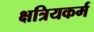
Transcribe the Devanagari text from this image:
क्षत्रियकर्म